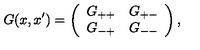
G ( x , x ^ { \prime } ) = \left( \begin{array} { c c } { G _ { + + } } & { G _ { + - } } \\ { G _ { - + } } & { G _ { -- } } \\ \end{array} \right) ,